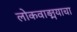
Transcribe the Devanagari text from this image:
लोकवाङ्मयाचा